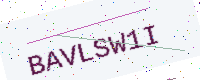
Text: BAVLSW1I